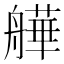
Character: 𦪠